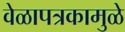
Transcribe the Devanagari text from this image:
वेळापत्रकामुळे